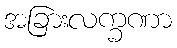
အခြားလက္ခဏာ